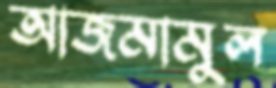
আজমামুল